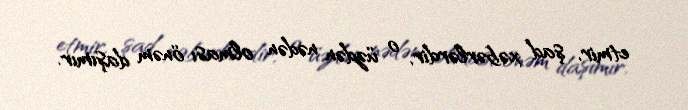
etmir, şad xəbərlərdir, o üzdən nədən olması önəm daşımır.